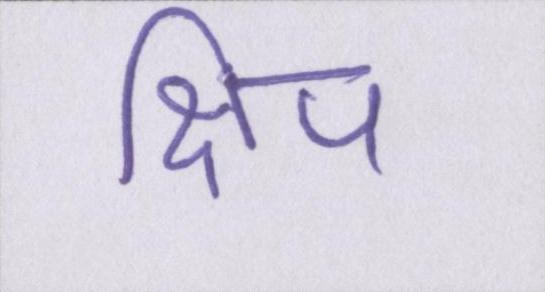
क्षिप